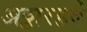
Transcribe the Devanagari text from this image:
अठ्ठारहवें